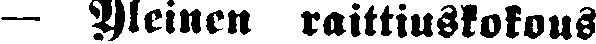
— Weinen raittiuskokous